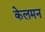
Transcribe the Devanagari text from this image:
केलमन